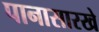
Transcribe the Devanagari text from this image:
पानासारखे